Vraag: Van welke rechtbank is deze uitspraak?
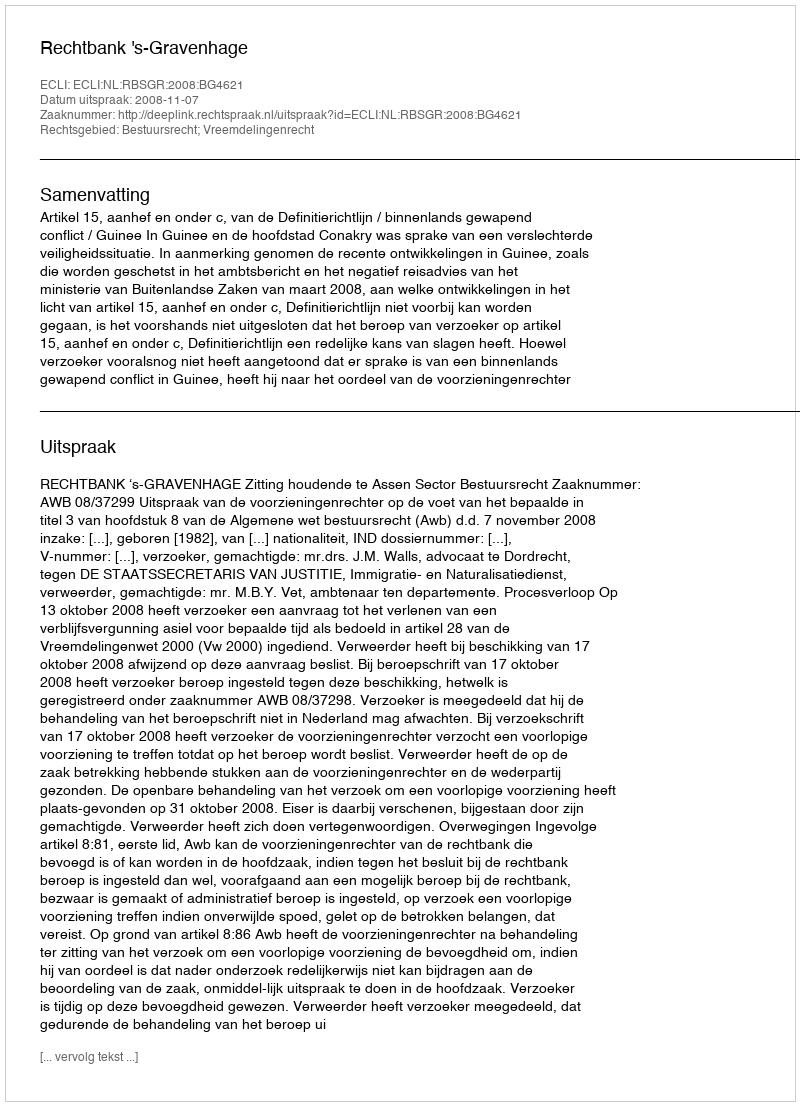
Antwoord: Rechtbank 's-Gravenhage